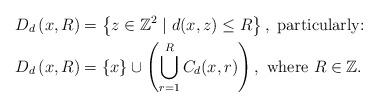
LaTeX: \begin{align*}D_d\left(x,R\right) &= \left\{z\in\mathbb{Z}^2\mid d(x,z)\leq R\right\},\ \mbox{particularly:}\\D_d\left(x,R\right) &=\left\{x\right\}\cup\left(\mathop{\bigcup}\limits_{r=1}^RC_d(x,r)\right), \ \mbox{where}\ R\in\mathbb{Z}.\end{align*}